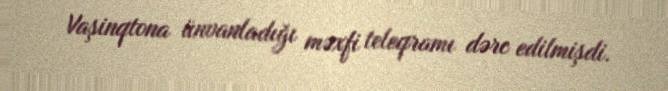
Vaşinqtona ünvanladığı məxfi teleqramı dərc edilmişdi.